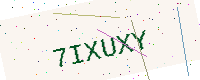
Text: 7IXUXY